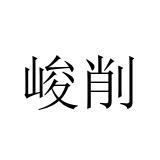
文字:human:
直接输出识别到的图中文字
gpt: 峻削